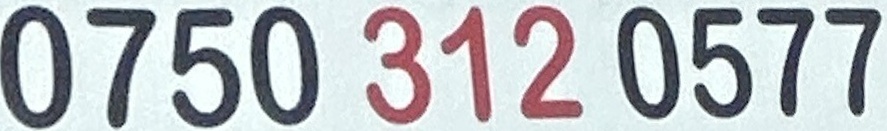
0750 312 0577